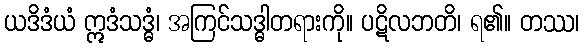
ယဒိဒံယံ ဣဒံသဒ္ဓံ၊ အကြင်သဒ္ဓါတရားကို။ ပဋိလဘတိ၊ ရ၏။ တဿ၊